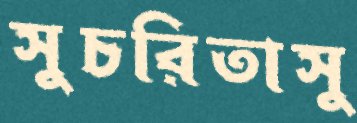
সুচরিতাসু